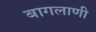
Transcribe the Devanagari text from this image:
बागलाणी